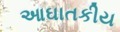
આઘાતકીય